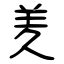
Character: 羑